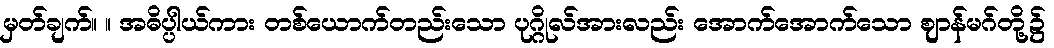
မှတ်ချက်။ ။ အဓိပ္ပါယ်ကား တစ်ယောက်တည်းသော ပုဂ္ဂိုလ်အားလည်း အောက်အောက်သော ဈာန်မဂ်တို့၌